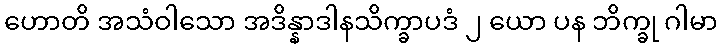
ဟောတိ အသံဝါသော အဒိန္နာဒါနသိက္ခာပဒံ ၂ ယော ပန ဘိက္ခု ဂါမာ